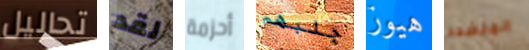
تحاليل لقد أحزمة جلبهم هيوز المنضده